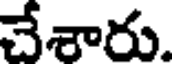
చేశారు.